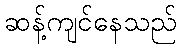
ဆန့်ကျင်နေသည်